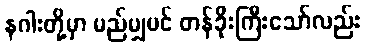
နဂါးတို့မှာ မည်မျှပင် တန်ခိုးကြီးသော်လည်း